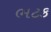
ભટક